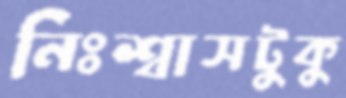
নিঃশ্বাসটুকু